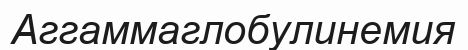
Аггаммаглобулинемия